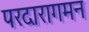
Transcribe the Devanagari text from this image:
परदारागमन